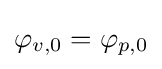
\varphi _{v,0}=\varphi _{p,0}